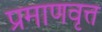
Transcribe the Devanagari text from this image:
प्रमाणवृत्त